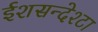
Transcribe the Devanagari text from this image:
ईशसन्देश्टा